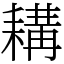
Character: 耩